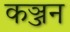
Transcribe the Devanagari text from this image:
कञ्जन